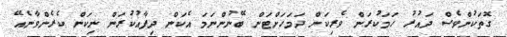
ގޮތަކުންވެސް ދައުރު ހަމަކުރަން ވެރިކަން ދަމަހަށްޓަން ބޭނުންނަމަ އެކަން ދިފާއުކުރަން ނިކަން ކެރެންވާނެއޭ